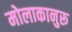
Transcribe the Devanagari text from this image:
मोलाकानुरू